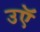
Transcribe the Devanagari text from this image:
उऍ